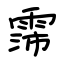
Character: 霈